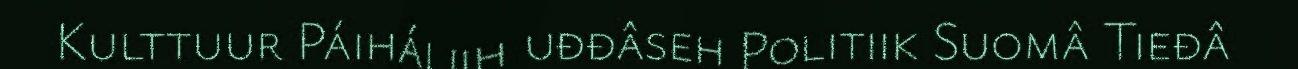
Kulttuur Páiháliih uđđâseh Politiik Suomâ Tieđâ